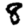
Digit: 8